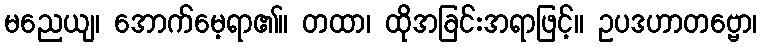
မညေယျ၊ အောက်မေ့ရာ၏။ တထာ၊ ထိုအခြင်းအရာဖြင့်။ ဥပဒဟာတဗ္ဗော၊